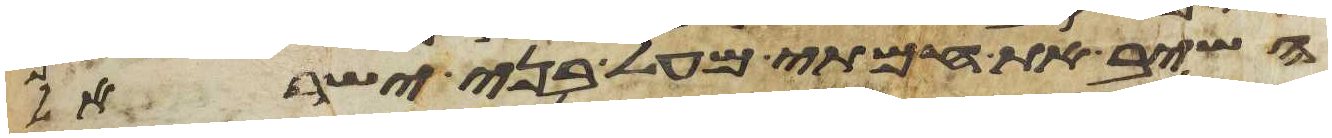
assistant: השיב את חמתי מעל בני ישראל